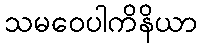
သမဝေပါကိနိယာ